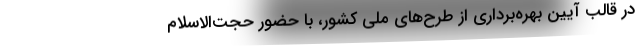
در قالب آیین بهره‌برداری از طرح‌های ملی کشور، با حضور حجت‌الاسلام